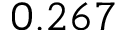
0 . 2 6 7